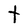
Character: t